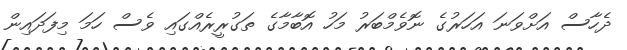
ދެހާސް އަށްވަނަ އަހަރުގެ ނޮވެމްބަރު މަހު އޮބާމާގެ ތަގުރީރެއްގައި ވެސް ހަމަ މިފަދައިން